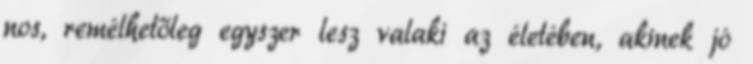
nos, remélhetőleg egyszer lesz valaki az életében, akinek jó